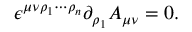
\epsilon ^ { \mu \nu \rho _ { 1 } \cdots \rho _ { n } } \partial _ { \rho _ { 1 } } A _ { \mu \nu } = 0 .